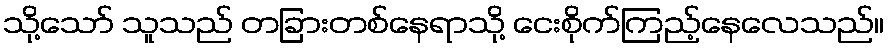
သို့သော် သူသည် တခြားတစ်နေရာသို့ ငေးစိုက်ကြည့်နေလေသည်။